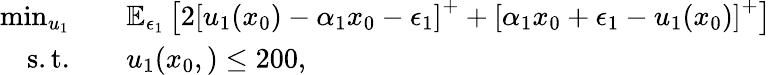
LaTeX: \begin{array}{rl}{\operatorname*{min}_{u_{1}}\quad}&{\mathbb{E}_{\epsilon_{1}}\left[2\left[u_{1}(x_{0})-\alpha_{1}x_{0}-\epsilon_{1}\right]^{+}+\left[\alpha_{1}x_{0}+\epsilon_{1}-u_{1}(x_{0})\right]^{+}\right]}\\ {\mathrm{s.t.}\quad}&{u_{1}(x_{0},)\leq 200,}\end{array}